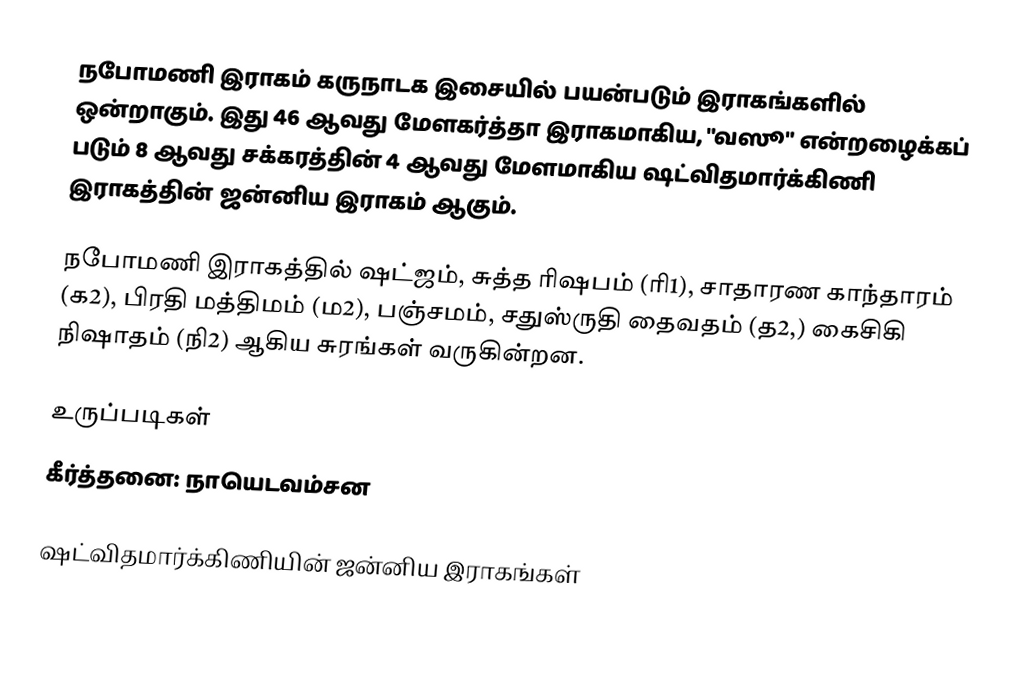
நபோமணி இராகம் கருநாடக இசையில் பயன்படும் இராகங்களில் ஒன்றாகும். இது 46 ஆவது மேளகர்த்தா இராகமாகிய, "வஸூ" என்றழைக்கப் படும் 8 ஆவது சக்கரத்தின் 4 ஆவது மேளமாகிய ஷட்விதமார்க்கிணி இராகத்தின் ஜன்னிய இராகம் ஆகும்.

நபோமணி இராகத்தில் ஷட்ஜம், சுத்த ரிஷபம் (ரி1),  சாதாரண காந்தாரம் (க2), பிரதி மத்திமம் (ம2), பஞ்சமம்,  சதுஸ்ருதி தைவதம் (த2,) கைசிகி நிஷாதம்  (நி2) ஆகிய சுரங்கள் வருகின்றன.

உருப்படிகள்
 கீர்த்தனை: நாயெடவம்சன

ஷட்விதமார்க்கிணியின் ஜன்னிய இராகங்கள்